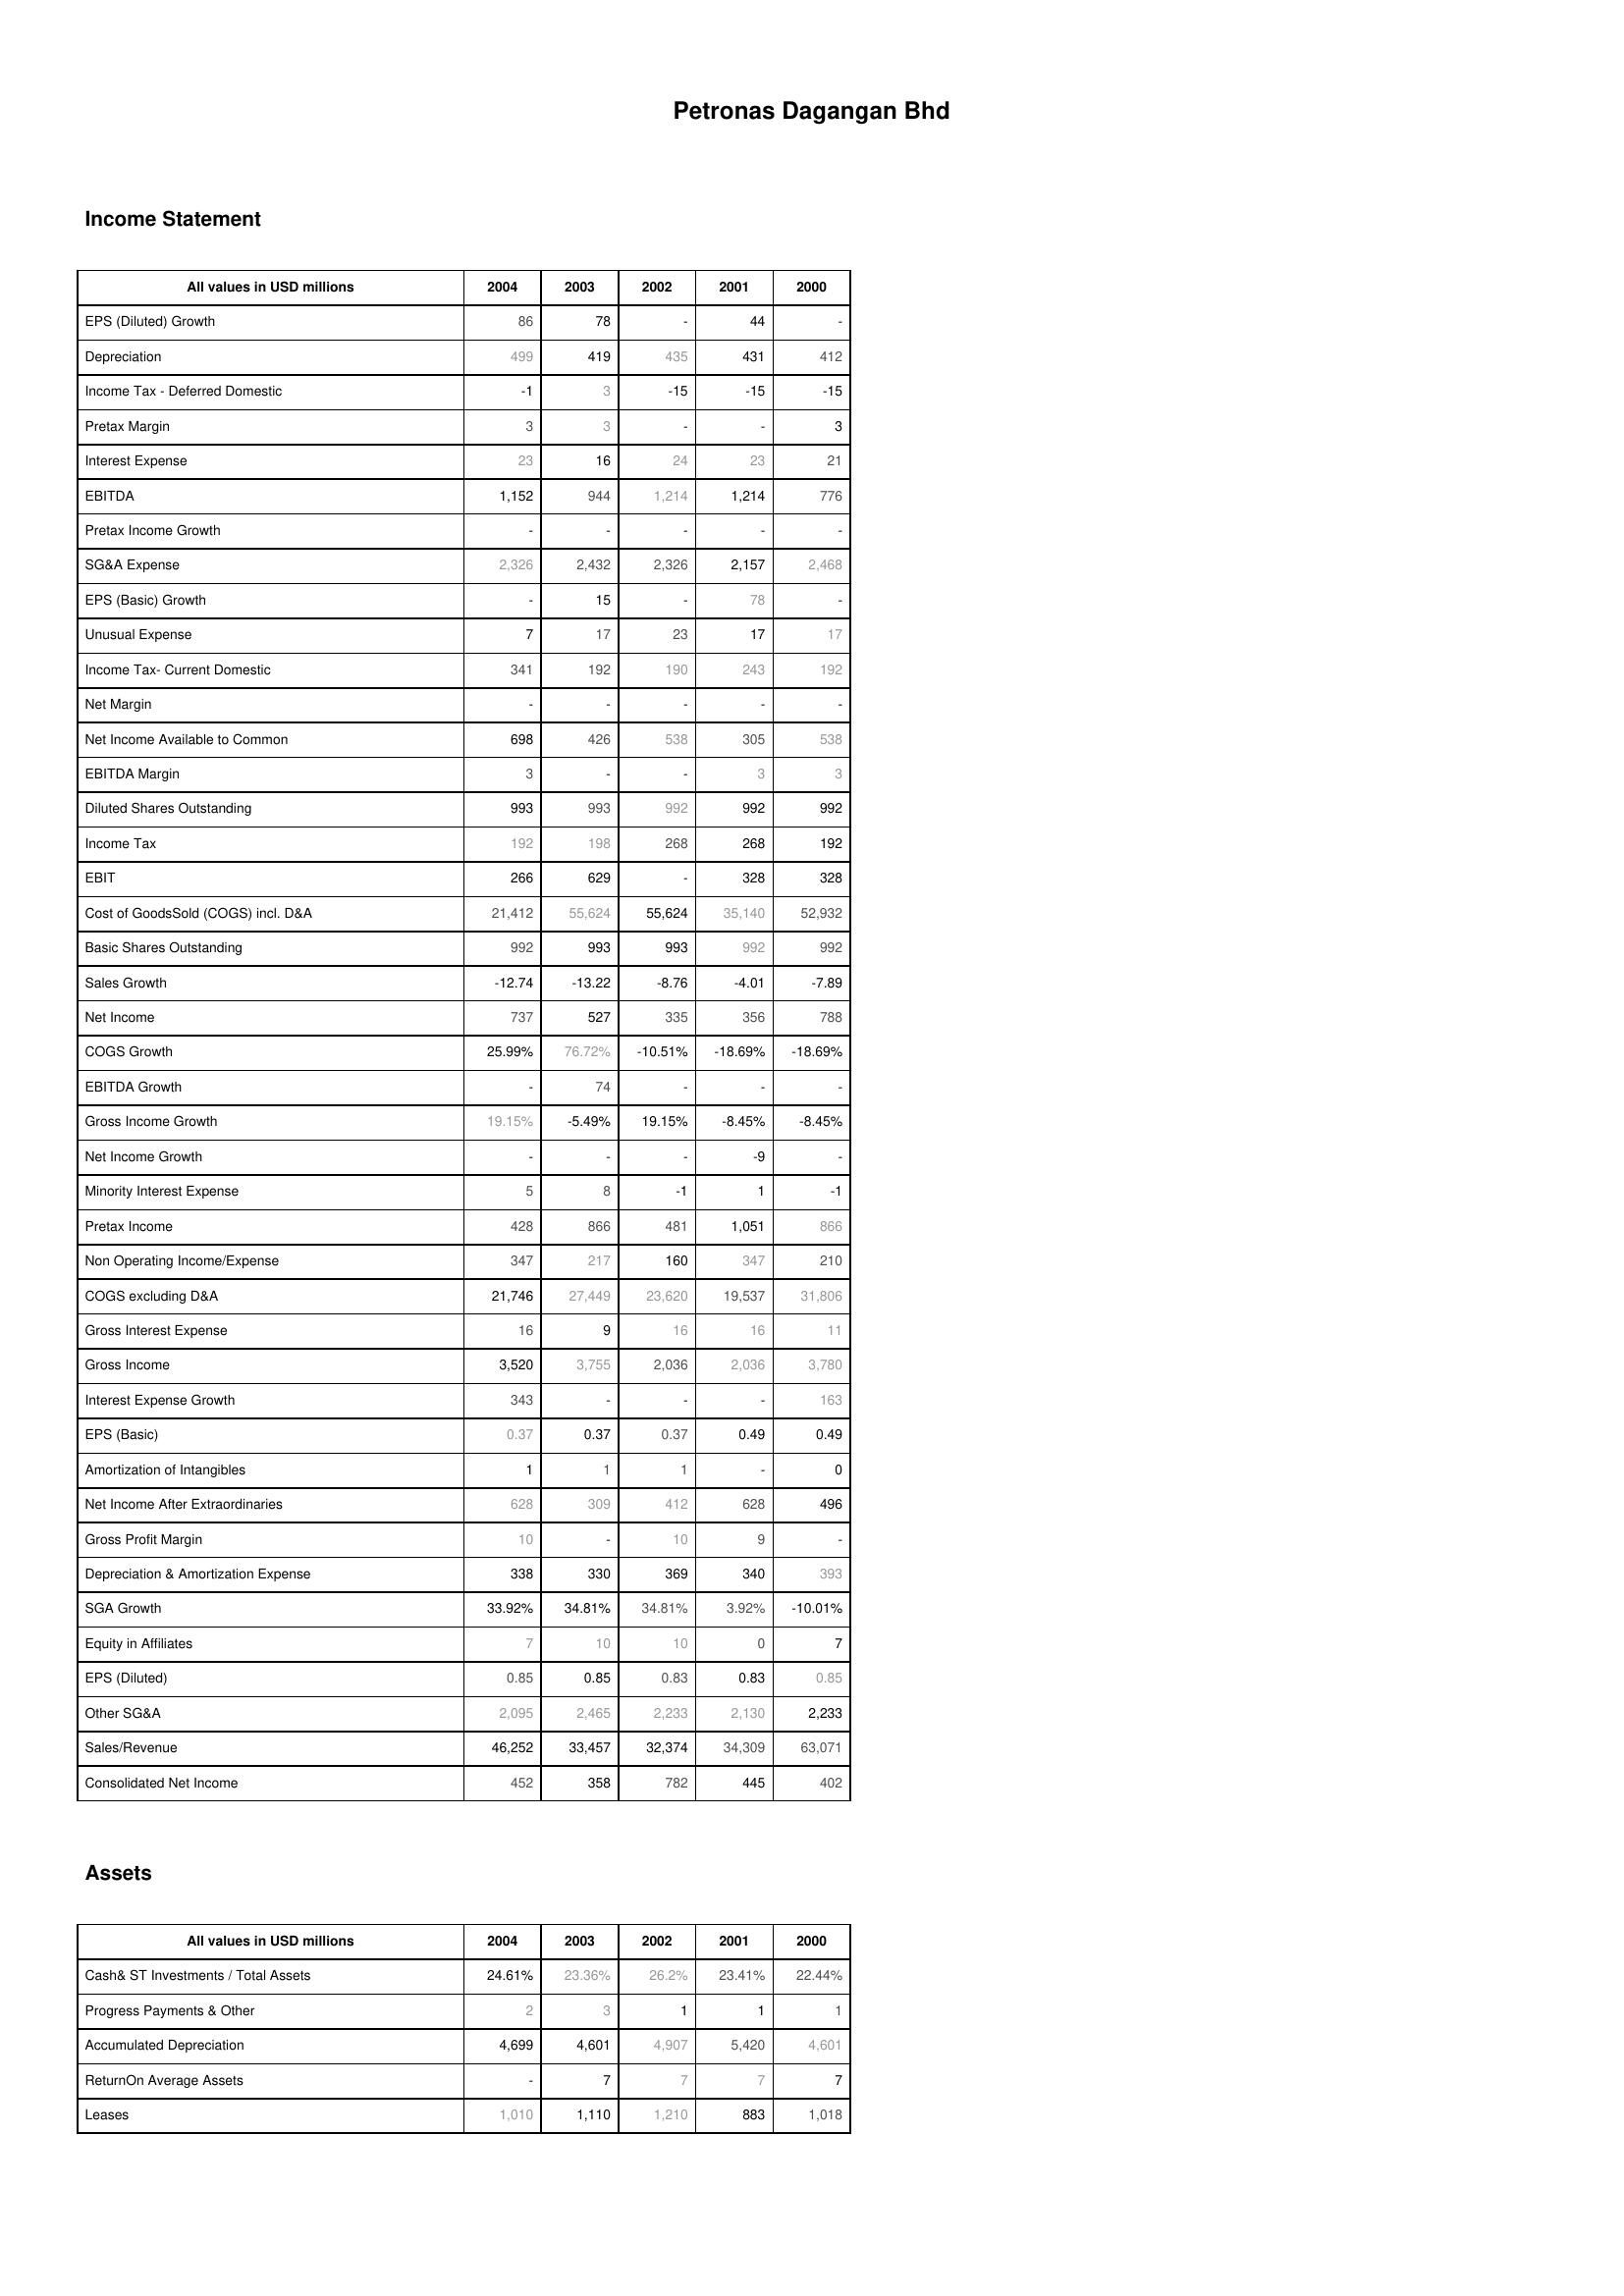
2004: Income Statement: EPS (Diluted) Growth: 86
Depreciation: 499
Income Tax - Deferred Domestic: -1
Pretax Margin: 3
Interest Expense: 23
EBITDA: 1,152
Pretax Income Growth: -
SG&A Expense: 2,326
EPS (Basic) Growth: -
Unusual Expense: 7
Income Tax- Current Domestic: 341
Net Margin: -
Net Income Available to Common: 698
EBITDA Margin: 3
Diluted Shares Outstanding: 993
Income Tax: 192
EBIT: 266
Cost of GoodsSold (COGS) incl. D&A: 21,412
Basic Shares Outstanding: 992
Sales Growth: -12.74
Net Income: 737
COGS Growth: 25.99%
EBITDA Growth: -
Gross Income Growth: 19.15%
Net Income Growth: -
Minority Interest Expense: 5
Pretax Income: 428
Non Operating Income/Expense: 347
COGS excluding D&A: 21,746
Gross Interest Expense: 16
Gross Income: 3,520
Interest Expense Growth: 343
EPS (Basic): 0.37
Amortization of Intangibles: 1
Net Income After Extraordinaries: 628
Gross Profit Margin: 10
Depreciation & Amortization Expense: 338
SGA Growth: 33.92%
Equity in Affiliates: 7
EPS (Diluted): 0.85
Other SG&A: 2,095
Sales/Revenue: 46,252
Consolidated Net Income: 452
Assets: Cash& ST Investments / Total Assets: 24.61%
Progress Payments & Other: 2
Accumulated Depreciation: 4,699
ReturnOn Average Assets: -
Leases: 1,010
2003: Income Statement: EPS (Diluted) Growth: 78
Depreciation: 419
Income Tax - Deferred Domestic: 3
Pretax Margin: 3
Interest Expense: 16
EBITDA: 944
Pretax Income Growth: -
SG&A Expense: 2,432
EPS (Basic) Growth: 15
Unusual Expense: 17
Income Tax- Current Domestic: 192
Net Margin: -
Net Income Available to Common: 426
EBITDA Margin: -
Diluted Shares Outstanding: 993
Income Tax: 198
EBIT: 629
Cost of GoodsSold (COGS) incl. D&A: 55,624
Basic Shares Outstanding: 993
Sales Growth: -13.22
Net Income: 527
COGS Growth: 76.72%
EBITDA Growth: 74
Gross Income Growth: -5.49%
Net Income Growth: -
Minority Interest Expense: 8
Pretax Income: 866
Non Operating Income/Expense: 217
COGS excluding D&A: 27,449
Gross Interest Expense: 9
Gross Income: 3,755
Interest Expense Growth: -
EPS (Basic): 0.37
Amortization of Intangibles: 1
Net Income After Extraordinaries: 309
Gross Profit Margin: -
Depreciation & Amortization Expense: 330
SGA Growth: 34.81%
Equity in Affiliates: 10
EPS (Diluted): 0.85
Other SG&A: 2,465
Sales/Revenue: 33,457
Consolidated Net Income: 358
Assets: Cash& ST Investments / Total Assets: 23.36%
Progress Payments & Other: 3
Accumulated Depreciation: 4,601
ReturnOn Average Assets: 7
Leases: 1,110
2002: Income Statement: EPS (Diluted) Growth: -
Depreciation: 435
Income Tax - Deferred Domestic: -15
Pretax Margin: -
Interest Expense: 24
EBITDA: 1,214
Pretax Income Growth: -
SG&A Expense: 2,326
EPS (Basic) Growth: -
Unusual Expense: 23
Income Tax- Current Domestic: 190
Net Margin: -
Net Income Available to Common: 538
EBITDA Margin: -
Diluted Shares Outstanding: 992
Income Tax: 268
EBIT: -
Cost of GoodsSold (COGS) incl. D&A: 55,624
Basic Shares Outstanding: 993
Sales Growth: -8.76
Net Income: 335
COGS Growth: -10.51%
EBITDA Growth: -
Gross Income Growth: 19.15%
Net Income Growth: -
Minority Interest Expense: -1
Pretax Income: 481
Non Operating Income/Expense: 160
COGS excluding D&A: 23,620
Gross Interest Expense: 16
Gross Income: 2,036
Interest Expense Growth: -
EPS (Basic): 0.37
Amortization of Intangibles: 1
Net Income After Extraordinaries: 412
Gross Profit Margin: 10
Depreciation & Amortization Expense: 369
SGA Growth: 34.81%
Equity in Affiliates: 10
EPS (Diluted): 0.83
Other SG&A: 2,233
Sales/Revenue: 32,374
Consolidated Net Income: 782
Assets: Cash& ST Investments / Total Assets: 26.2%
Progress Payments & Other: 1
Accumulated Depreciation: 4,907
ReturnOn Average Assets: 7
Leases: 1,210
2001: Income Statement: EPS (Diluted) Growth: 44
Depreciation: 431
Income Tax - Deferred Domestic: -15
Pretax Margin: -
Interest Expense: 23
EBITDA: 1,214
Pretax Income Growth: -
SG&A Expense: 2,157
EPS (Basic) Growth: 78
Unusual Expense: 17
Income Tax- Current Domestic: 243
Net Margin: -
Net Income Available to Common: 305
EBITDA Margin: 3
Diluted Shares Outstanding: 992
Income Tax: 268
EBIT: 328
Cost of GoodsSold (COGS) incl. D&A: 35,140
Basic Shares Outstanding: 992
Sales Growth: -4.01
Net Income: 356
COGS Growth: -18.69%
EBITDA Growth: -
Gross Income Growth: -8.45%
Net Income Growth: -9
Minority Interest Expense: 1
Pretax Income: 1,051
Non Operating Income/Expense: 347
COGS excluding D&A: 19,537
Gross Interest Expense: 16
Gross Income: 2,036
Interest Expense Growth: -
EPS (Basic): 0.49
Amortization of Intangibles: -
Net Income After Extraordinaries: 628
Gross Profit Margin: 9
Depreciation & Amortization Expense: 340
SGA Growth: 3.92%
Equity in Affiliates: 0
EPS (Diluted): 0.83
Other SG&A: 2,130
Sales/Revenue: 34,309
Consolidated Net Income: 445
Assets: Cash& ST Investments / Total Assets: 23.41%
Progress Payments & Other: 1
Accumulated Depreciation: 5,420
ReturnOn Average Assets: 7
Leases: 883
2000: Income Statement: EPS (Diluted) Growth: -
Depreciation: 412
Income Tax - Deferred Domestic: -15
Pretax Margin: 3
Interest Expense: 21
EBITDA: 776
Pretax Income Growth: -
SG&A Expense: 2,468
EPS (Basic) Growth: -
Unusual Expense: 17
Income Tax- Current Domestic: 192
Net Margin: -
Net Income Available to Common: 538
EBITDA Margin: 3
Diluted Shares Outstanding: 992
Income Tax: 192
EBIT: 328
Cost of GoodsSold (COGS) incl. D&A: 52,932
Basic Shares Outstanding: 992
Sales Growth: -7.89
Net Income: 788
COGS Growth: -18.69%
EBITDA Growth: -
Gross Income Growth: -8.45%
Net Income Growth: -
Minority Interest Expense: -1
Pretax Income: 866
Non Operating Income/Expense: 210
COGS excluding D&A: 31,806
Gross Interest Expense: 11
Gross Income: 3,780
Interest Expense Growth: 163
EPS (Basic): 0.49
Amortization of Intangibles: 0
Net Income After Extraordinaries: 496
Gross Profit Margin: -
Depreciation & Amortization Expense: 393
SGA Growth: -10.01%
Equity in Affiliates: 7
EPS (Diluted): 0.85
Other SG&A: 2,233
Sales/Revenue: 63,071
Consolidated Net Income: 402
Assets: Cash& ST Investments / Total Assets: 22.44%
Progress Payments & Other: 1
Accumulated Depreciation: 4,601
ReturnOn Average Assets: 7
Leases: 1,018